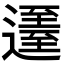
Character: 𨖹